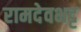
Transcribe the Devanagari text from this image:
रामदेवभट्ट